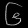
Digit: ၆